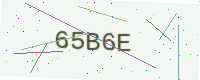
Text: 65B6E